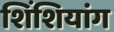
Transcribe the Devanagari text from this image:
शिंशियांग